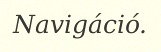
Navigáció.